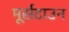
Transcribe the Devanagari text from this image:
मूर्सटाउन